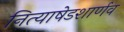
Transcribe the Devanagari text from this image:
नित्याषेडशार्णव